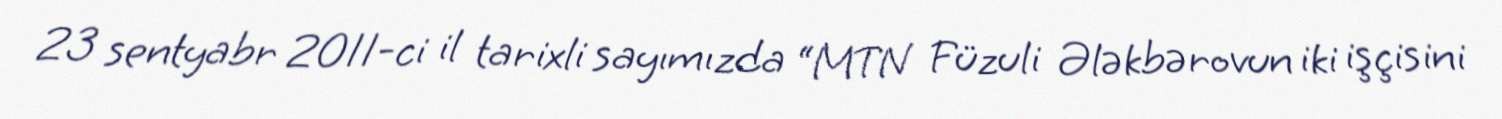
23 sentyabr 2011-ci il tarixli sayımızda “MTN Füzuli Ələkbərovun iki işçisini